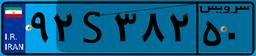
۱۲S۹۵۳۸۶